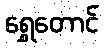
ရွှေတောင်